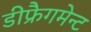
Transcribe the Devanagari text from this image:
डीफ्रैगमेन्ट